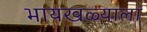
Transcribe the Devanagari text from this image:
भायखळ्याला